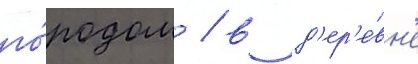
го́родом / в д'ер'е́вн'е